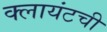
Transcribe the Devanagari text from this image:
क्लायंटची